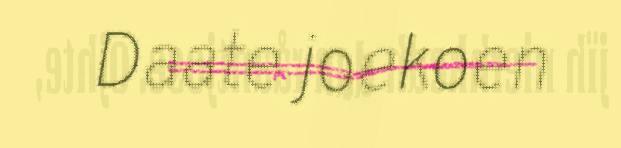
Daate joekoen